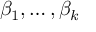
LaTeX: \beta _ { 1 } , \ldots , \beta _ { k }